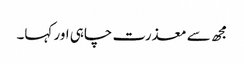
مجھ سے معذرت چاہی اور کہا۔